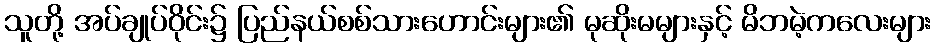
သူတို့ အပ်ချုပ်ဝိုင်း၌ ပြည်နယ်စစ်သားဟောင်းများ၏ မုဆိုးမများနှင့် မိဘမဲ့ကလေးများ